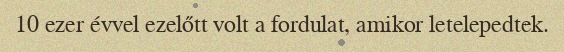
10 ezer évvel ezelőtt volt a fordulat, amikor letelepedtek.